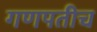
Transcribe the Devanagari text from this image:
गणपतीच